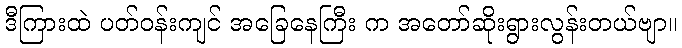
ဒီကြားထဲ ပတ်ဝန်းကျင် အခြေနေကြီး က အတော်ဆိုးရွားလွန်းတယ်ဗျာ။